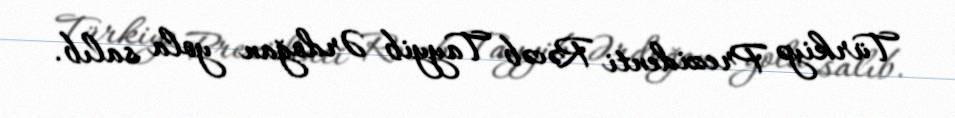
Türkiyə Prezidenti Rəcəb Tayyib Ərdoğan yola salıb.